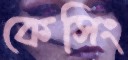
কেসিং